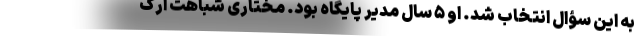
به این سؤال انتخاب شد. او ۵ سال مدیر پایگاه بود. مختاری شباهت ارگ